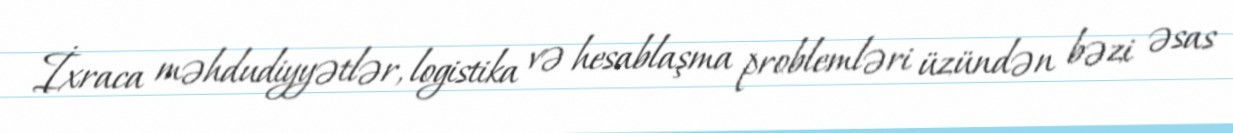
İxraca məhdudiyyətlər, logistika və hesablaşma problemləri üzündən bəzi əsas